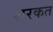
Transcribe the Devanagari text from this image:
शरकत